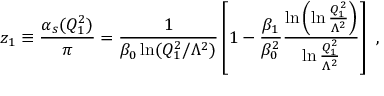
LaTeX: z _ { 1 } \equiv \frac { { \alpha } _ { s } ( Q _ { 1 } ^ { 2 } ) } { \pi } = \frac { 1 } { { \beta } _ { 0 } \ln ( Q _ { 1 } ^ { 2 } / { \Lambda } ^ { 2 } ) } \left[ 1 - \frac { { \beta } _ { 1 } } { { \beta } _ { 0 } ^ { 2 } } \frac { \ln \left( \ln \frac { Q _ { 1 } ^ { 2 } } { { \Lambda } ^ { 2 } } \right) } { \ln \frac { Q _ { 1 } ^ { 2 } } { { \Lambda } ^ { 2 } } } \right] \ ,